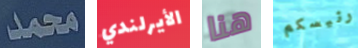
محمد الأيرلندي هنا رئيسكم